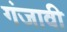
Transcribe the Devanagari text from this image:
गंजावी